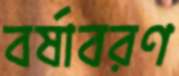
বর্ষাবরণ